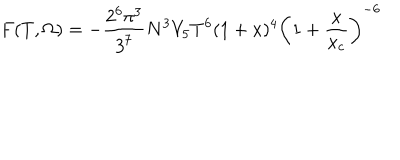
F ( T , \Omega ) = - \frac { 2 ^ { 6 } \pi ^ { 3 } } { 3 ^ { 7 } } N ^ { 3 } V _ { 5 } T ^ { 6 } ( 1 + x ) ^ { 4 } \left( 1 + \frac { x } { x _ { c } } \right) ^ { - 6 }